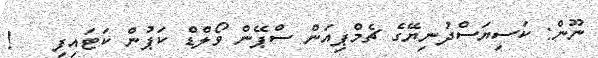
ނޫން: ކަސިޔަސްދުނިޔޭގެ ޗެމްޕިއަން ސްޕޭން ވޯލްޑް ކަޕުން ކަޓައިފި   !